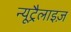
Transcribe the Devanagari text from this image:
न्यूट्रैलाइज़